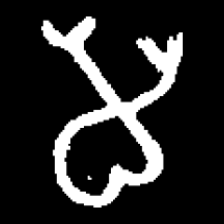
Pyu character \u2014 Myanmar letter: မ (romanized: ma)